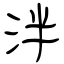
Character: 泮